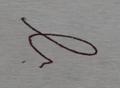
Signature authenticity: forged